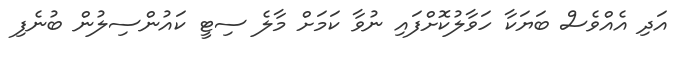
އަދި އެއްވެސް ބަޔަކާ ހަވާލުކޮށްފައި ނުވާ ކަމަށް މާލެ ސިޓީ ކައުންސިލުން ބުނެފި